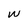
Character: w